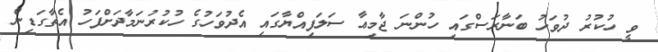
ވީ ހުކުރު ދުވަހު ބަނާރަސްގައި ހުންނަ ޖާމިޢާ ސަލަފިއްޔާގައި އެދުވަހުގެ ހުކުރުނަމާދަށްފަހު އެތާގަޑިން